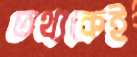
তথ্যকেই